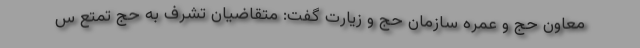
معاون حج و عمره سازمان حج و زیارت گفت: متقاضیان تشرف به حج تمتع س